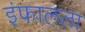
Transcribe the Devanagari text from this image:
इंफालला